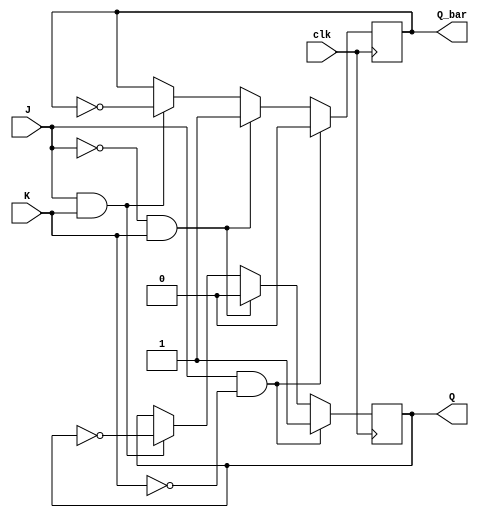
module JK_flipflop (
    input J, // J input
    input K, // K input
    input clk, // Clock input
    output reg Q, // Q output
    output reg Q_bar // Q_bar output
);

always @(posedge clk) begin
    if (J && !K) begin // SET condition
        Q <= 1;
        Q_bar <= 0;
    end else if (!J && K) begin // RESET condition
        Q <= 0;
        Q_bar <= 1;
    end else if (J && K) begin // Toggle condition
        Q <= ~Q;
        Q_bar <= ~Q_bar;
    end
end

endmodule